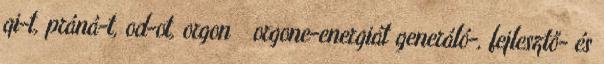
qi-t, práná-t, od-ot, orgon orgone-energiát generáló-, fejlesztő- és